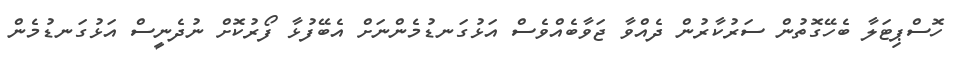
ހޮސްޕިޓަލާ ބެހޭގޮތުން ސަރުކާރުން ދެއްވާ ޖަވާބެއްވެސް އަޅުގަނޑުމެންނަށް އެބޭފުޅާ ފޯރުކޮށް ނުދެނީސް އަޅުގަނޑުމެން